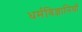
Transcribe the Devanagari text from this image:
धर्मविज्ञानियों